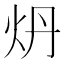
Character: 𬉾